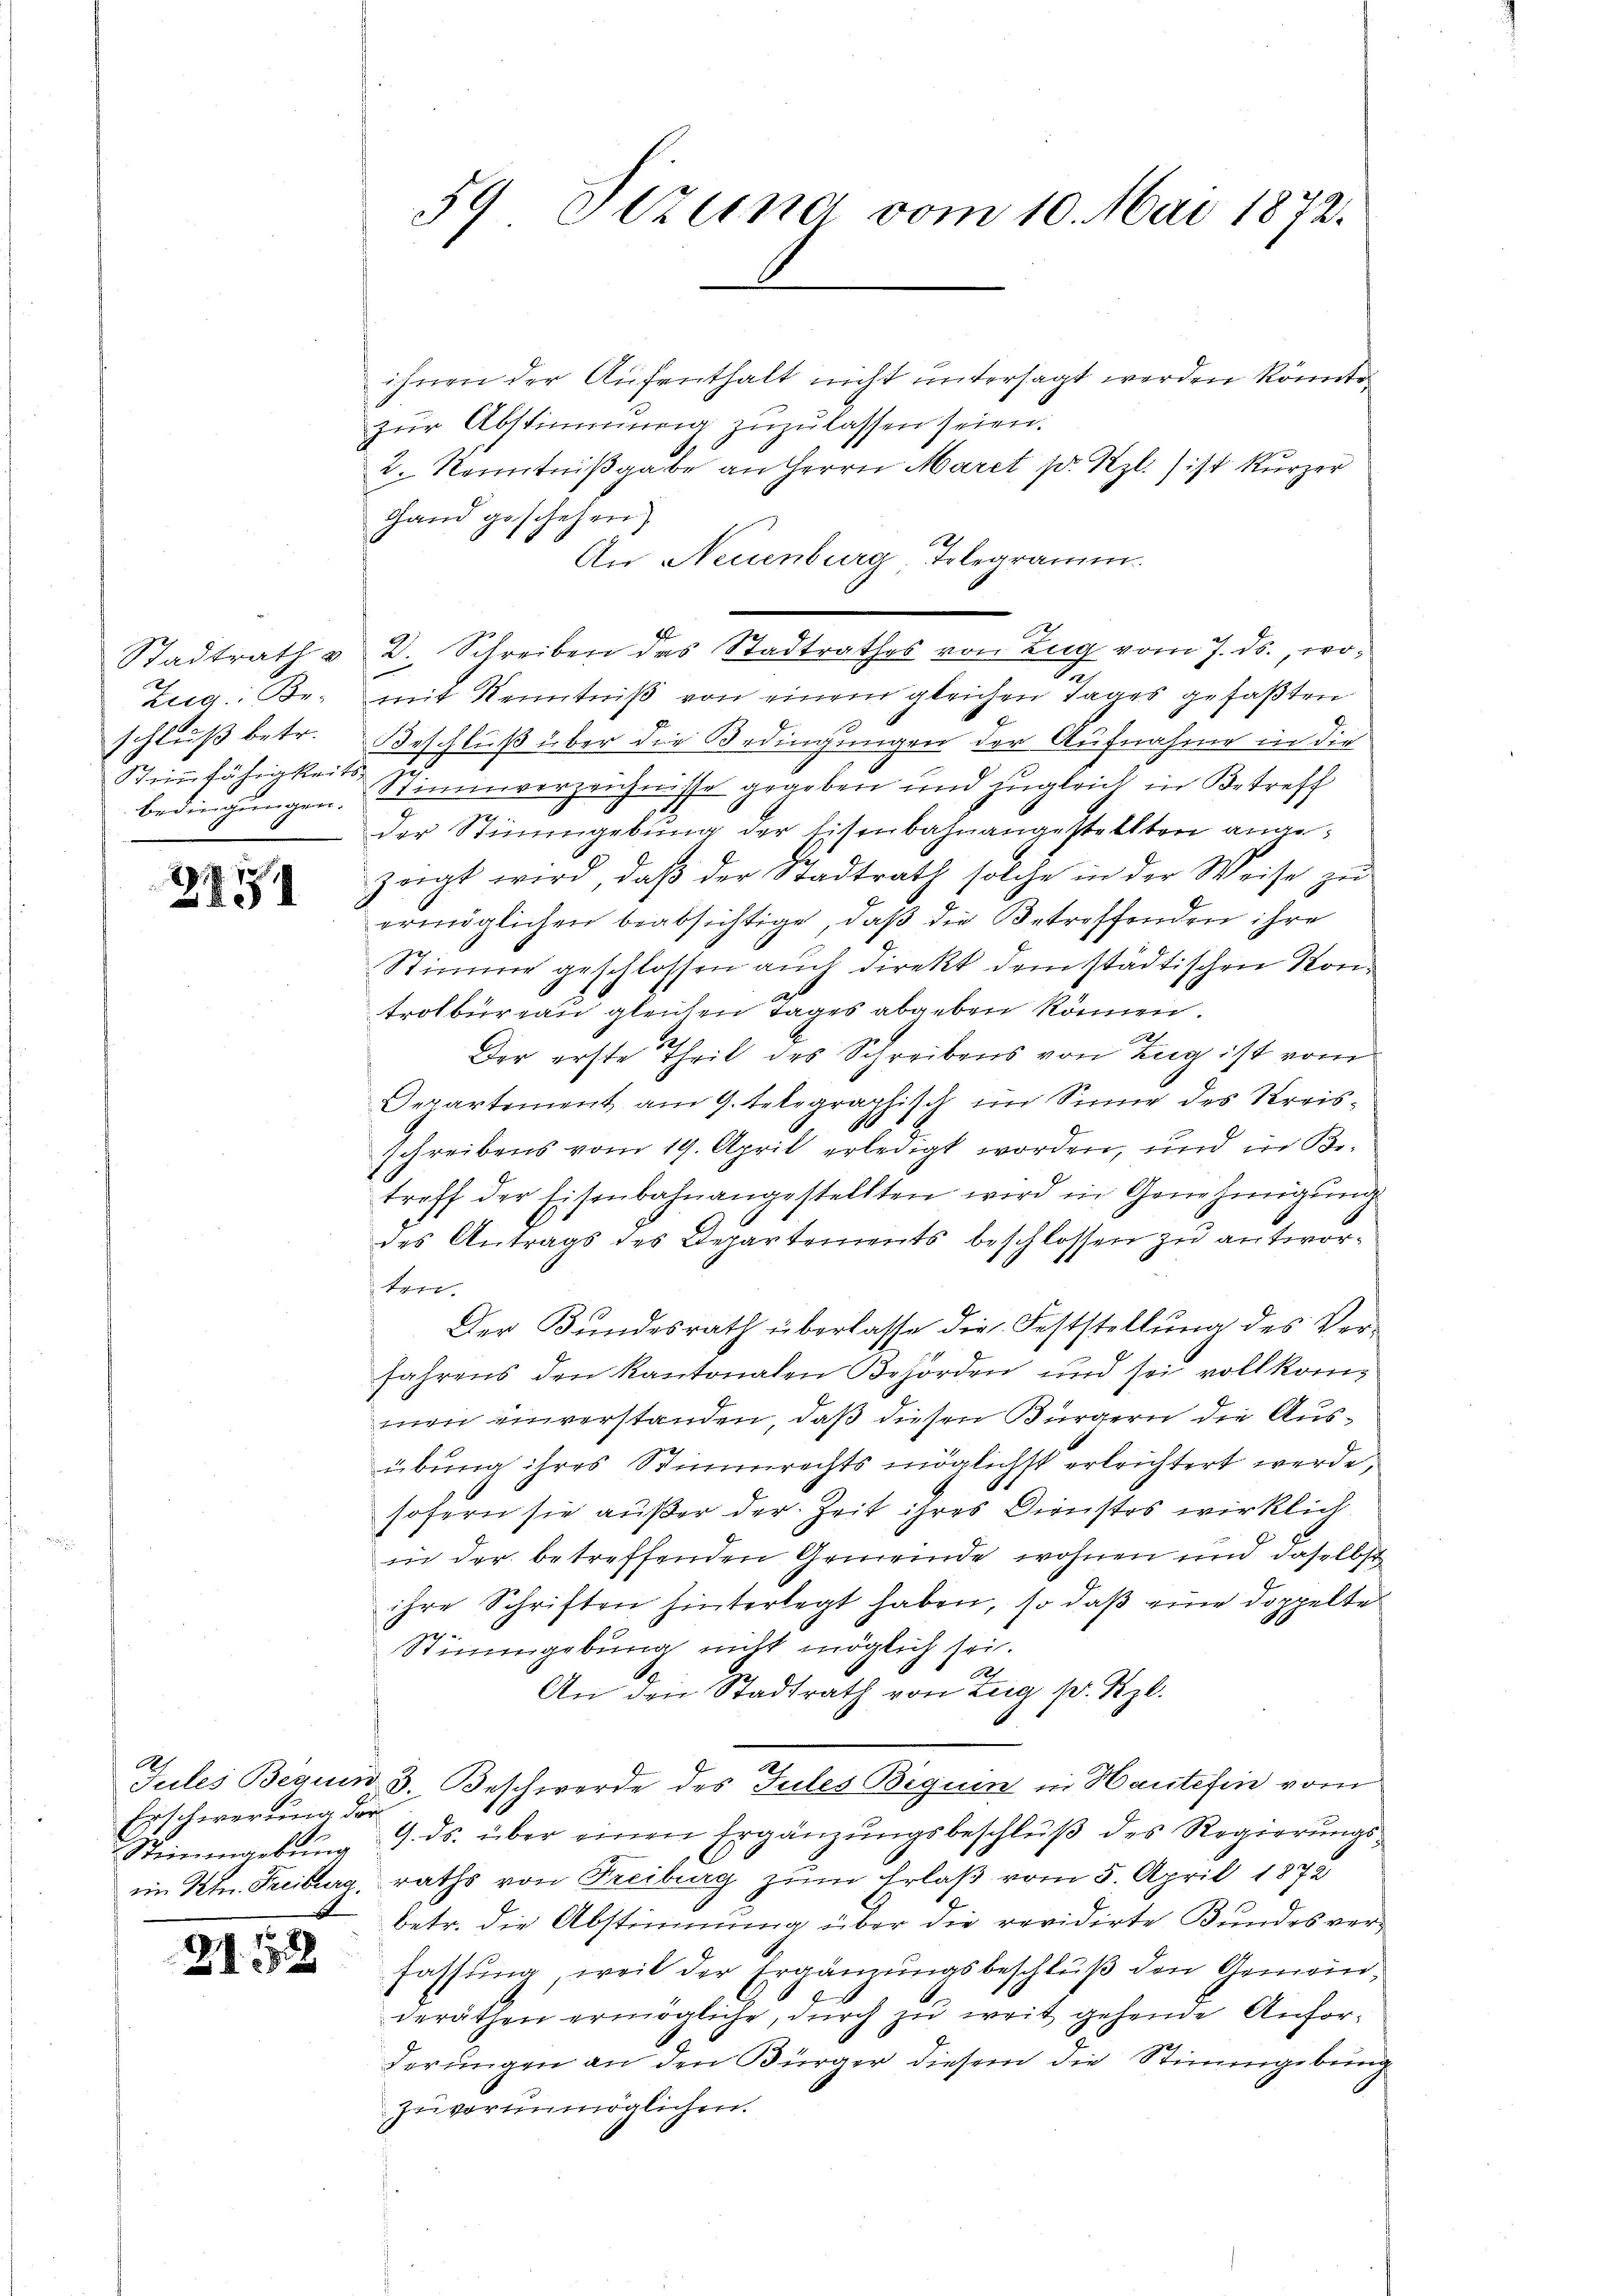
Stadtrath v
E
zig: Be-
schluß betr.
Steinfähigkeits
bedingungen.
2

271

A
Erschwerung der
t

21152

ihnen der Aufenthalt nicht untersagt werden könnte,
zŭr Abstimmung zuzulassen seien.
2. Kenntniβgabe an Herrn Maret p. Rzl.) ist kurzer
Hand geschehen,
An Neuenburg-Telegramm.
2
D. Schreiben des Stadtrathes von Zug vom 7. ds., womit Kenntniß von einem gleichen Tages gefaßten
Beschluß über die Bedingungen der Aufnahme in die
Stimmverzeichnisse gegeben und zugleich in Betreff
der Stimmgebung der Eisenbahnangestellten angezeigt wird, daß der Stadtrath solche in der Weise zu
ermöglichen beabsichtige, daß die Betreffenden ihre
Stimme geschlossen auch direkt dem städtischen Kontrolbureau gleichen Tages abgeben können.
x
Der erste Theil des Schreibens von Zug ist vom
Departement am 9. telegraphisch im Sinne des Kreis¬
1
schreibens vom 19. April erledigt worden, und in Be-
troff der Eisenbahnangestellten wird in Genehmigŭng
des Antrags des Departements beschlossen zu antworten.
Der Bundesrath überlasse die Feststellung des Verfahrens den Kantonalen Behörden und sei vollkom-
men einverstanden, daß diesen Bürgern die Ausübung ihres Stimmrechts möglichst erleichtert werde,
sofern sie außer der Zeit ihres Dirnstes wirklich
6
in der betreffenden Gemeinde wohnen und daselbst
ihre Schriften hinterlegt haben, so daß eine doppelte
Stimmgebung nicht möglich sei.
R.
An den Stadtrath von Zug p. Szl.
Jules Beguin 3. Beschwerde des Jules Beguin in Haute fin vom
Stimmgebŭng 9. ds. über einen Ergänzŭngsbeschlŭβ des Regierŭngs-
im Ktn. Freiburg, raths von Freiburg zum Erlaß vom 5. April 1872
betr. die Abstimmung über die revidirte Bundesverfassung, weil der Ergänzungsbeschluß den Gemeinderäthen ermögliche, durch zu weit gehende Anforderungen an den Bürger diesem die Stimmgebung
zu verunmöglichen.

59 Etzung vom 10. Mai 1872.